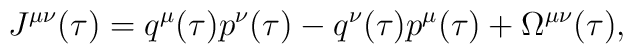
J^{\mu\nu}(\tau)=q^\mu(\tau)p^\nu(\tau)-q^\nu(\tau)p^\mu(\tau)+\Omega^{\mu\nu}(\tau),